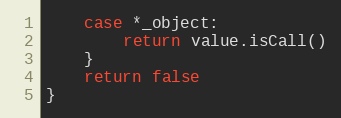
Language: Go
	case *_object:
		return value.isCall()
	}
	return false
}